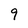
Character: 9